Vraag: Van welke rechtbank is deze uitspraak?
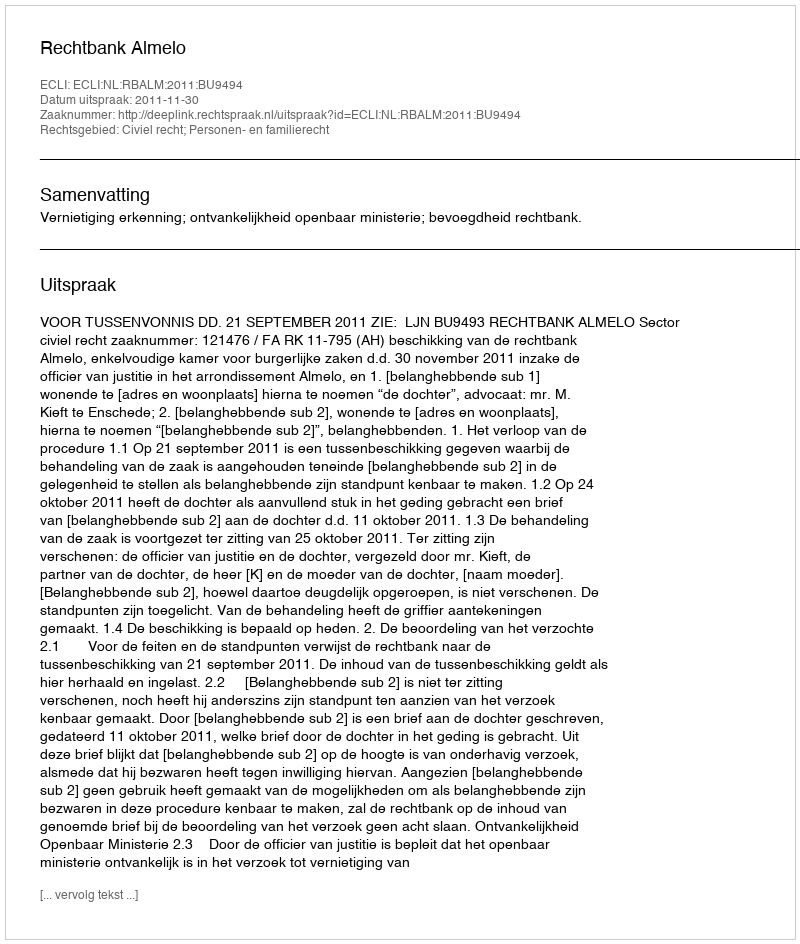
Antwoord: Rechtbank Almelo